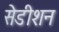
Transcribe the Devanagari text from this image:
सेडीशन